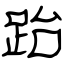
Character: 跆